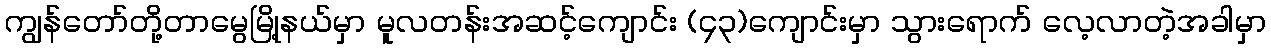
ကျွန်တော်တို့တာမွေမြို့နယ်မှာ မူလတန်းအဆင့်ကျောင်း (၄၃)ကျောင်းမှာ သွားရောက် လေ့လာတဲ့အခါမှာ